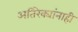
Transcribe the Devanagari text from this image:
अतिरेक्यांनाही